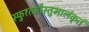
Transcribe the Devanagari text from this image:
स्फुरत्कौस्तुभालंकृतं